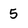
Character: 5